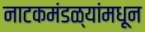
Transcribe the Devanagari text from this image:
नाटकमंडळ्यांमधून